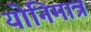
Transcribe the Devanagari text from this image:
योनिमात्र